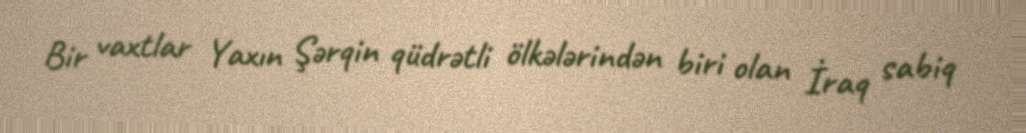
Bir vaxtlar Yaxın Şərqin qüdrətli ölkələrindən biri olan İraq sabiq